Report of the Imperial Institute of Veterinary Research, Muktesar
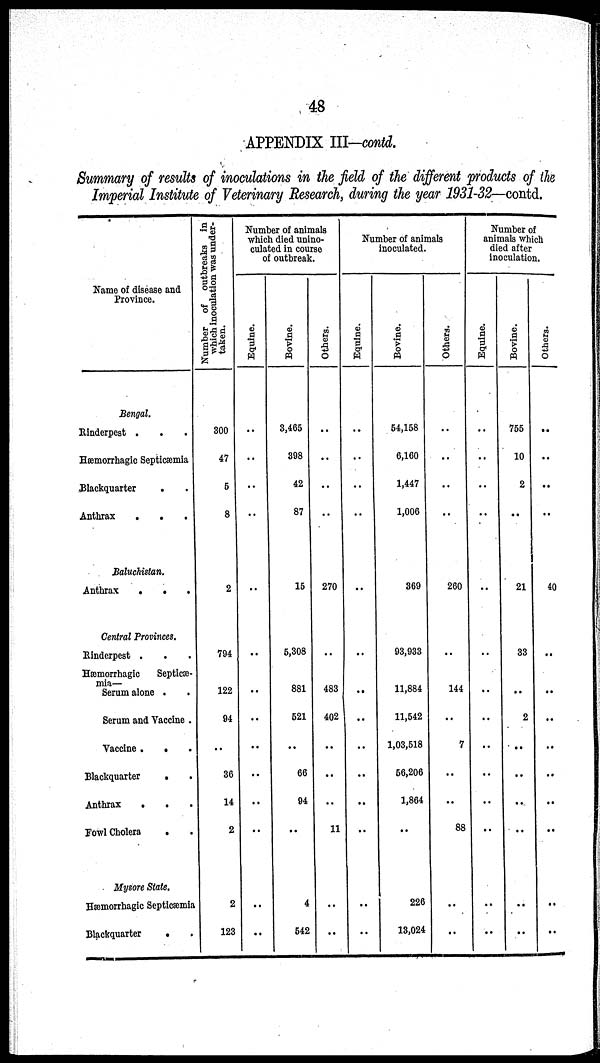
48
APPENDIX III-contd.
Summary of results of inoculations in the field of the different products of the
Imperial Institute of Veterinary Research, during the year 1931-32—contd.
Name of disease and
Province.
Bengal.
Rinderpest .
.
Hæmorrhagic Septicæmia
Blackquarter
Anthrax
.
.
Baluchistan.
Anthrax
.
.
.
Central Provinces.
Rinderpest .
.
Hæmorrhagic
Septicæ-
mia—
Serum alone .
Serum and Vaccine .
Blackquarter
.
Anthrax
.
.
Fowl Cholera
.
Mysore State.
Hæmorrhagic Septicæmia
Blackquarter
.
Number of outbreaks in
which inoculation was under-
taken.
300
47
5
8
2
794
122
94
36
14
2
2
123
Number of animals
which died unino¬
culated in course
of outbreak.
Equine.
..
..
..
..
..
..
..
..
..
..
..
..
..
Bovine.
3,465
398
42
87
15
5,308
881
521
66
94
..
4
542
Others.
..
..
..
..
270
..
483
402
..
..
11
..
..
Number of animals
inoculated.
Equine.
..
..
..
..
..
..
..
..
..
..
..
..
..
Bovine.
54,158
6,160
1,447
1,006
369
93,933
11,884
11,542
1,03,518
56,206
1,864
..
226
13,024
Others.
..
..
..
..
260
..
144
..
7
..
..
88
..
..
Number of
animals which
died after
inoculation.
Equine.
..
..
..
..
..
..
..
..
..
..
..
..
Bovine.
755
10
2
21
33
..
2
..
..
..
..
..
Others.
..
..
..
40
..
..
..
..
..
..
..